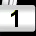
Digit: 1